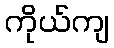
ကိုယ်ကျ